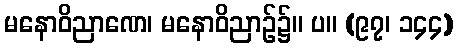
မနောဝိညာဏေ၊ မနောဝိညာဉ်၌။ ပ။ (၉၇၊ ၁၄၄)